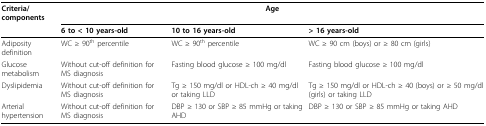
<table><thead><tr><td><b>Criteria/components</b></td><td colspan="3"><b>Age</b></td></tr><tr><td></td><td><b>6 to &lt; 10 years-old</b></td><td><b>10 to 16 years-old</b></td><td><b>&gt; 16 years-old</b></td></tr></thead><tbody><tr><td>Adiposity definition</td><td>WC ≥ 90<sup>th </sup>percentile</td><td>WC ≥ 90<sup>th </sup>percentile</td><td>WC ≥ 90 cm (boys) or ≥ 80 cm (girls)</td></tr><tr><td>Glucose metabolism</td><td>Without cut-off definition for MS diagnosis</td><td>Fasting blood glucose ≥ 100 mg/dl</td><td>Fasting blood glucose ≥ 100 mg/dl</td></tr><tr><td>Dyslipidemia</td><td>Without cut-off definition for MS diagnosis</td><td>Tg ≥ 150 mg/dl or HDL-ch ≥ 40 mg/dl or taking LLD</td><td>Tg ≥ 150 mg/dl or HDL-ch ≥ 40 (boys) or ≥ 50 mg/dl (girls) or taking LLD</td></tr><tr><td>Arterial hypertension</td><td>Without cut-off definition for MS diagnosis</td><td>DBP ≥ 130 or SBP ≥ 85 mmHg or taking AHD</td><td>DBP ≥ 130 or SBP ≥ 85 mmHg or taking AHD</td></tr></tbody></table>